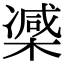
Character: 𣙤